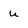
Character: u